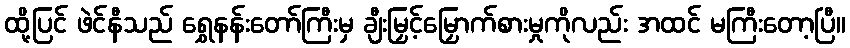
ထို့ပြင် ဖဲင်နီသည် ရွှေနန်းတော်ကြီးမှ ချီးမြှင့်မြှောက်စားမှုကိုလည်း အထင် မကြီးတော့ပြီ။